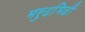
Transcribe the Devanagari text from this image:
मरुदभिदी